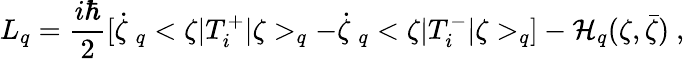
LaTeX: L_{q}=\frac{i\hbar}{2}[\dot{\zeta}\ _{q}<\zeta|T_{i}^{+}|\zeta>_{q}-\dot{\zeta}\ _{q}<\zeta|T_{i}^{-}|\zeta>_{q}]-{\cal H}_{q}(\zeta,\bar{\zeta})\ ,